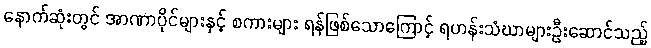
နောက်ဆုံးတွင် အာဏာပိုင်များနှင့် စကားများ ရန်ဖြစ်သောကြောင့် ရဟန်းသံဃာများဦးဆောင်သည့်